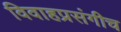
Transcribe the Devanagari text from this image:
विवाहप्रसंगीच